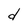
Character: d